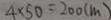
4 \times 5 0 = 2 0 0 ( m )